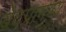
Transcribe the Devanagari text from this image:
वेदप्रामण्य